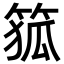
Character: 𮅜